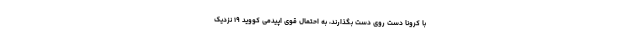
با کرونا دست روی دست بگذارند، به احتمال قوی اپیدمی کووید ۱۹ نزدیک